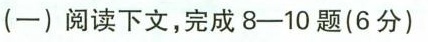
(一)阅读下文，完成8-10题(6分)